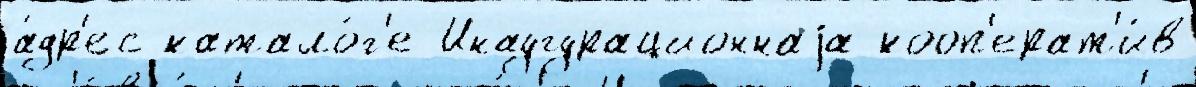
а́др'ес катало́г'е Инаугурационнаjа кооп'ерат'и́в